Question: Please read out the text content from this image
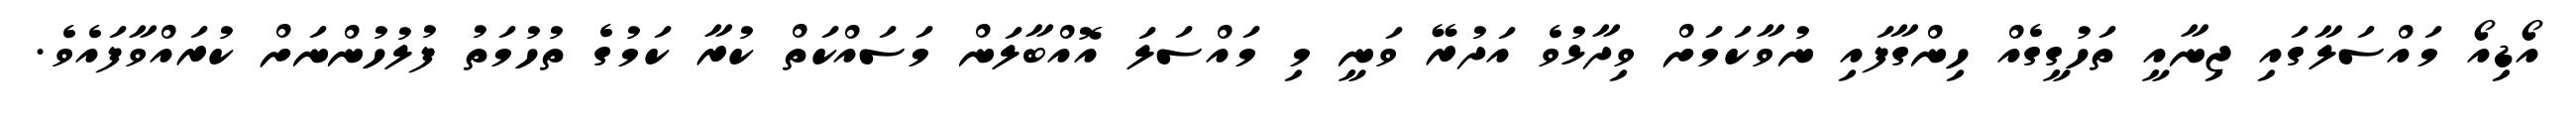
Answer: އޯޑިއޯ މައްސަލާގައި ޖިނާއީ ތަހުގީގެއް ހިންގާފައި ނުވާކަމަށް ވިދާޅުވެ އަދުރޭ ވަނީ މި މައްސަލަ އޮއްބާލަން މަސައްކަތް ކުރާ ކަމުގެ ތުހުމަތު ފުލުހުންނަށް ކުރައްވާފައެވެ.